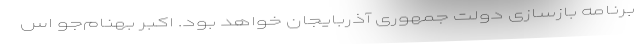
برنامه بازسازی دولت جمهوری آذربایجان خواهد بود. ‌اکبر بهنام‌جو اس